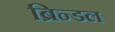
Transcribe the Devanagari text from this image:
ब्रिन्डल